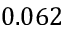
0 . 0 6 2